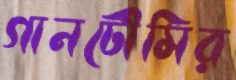
গানটৌমির